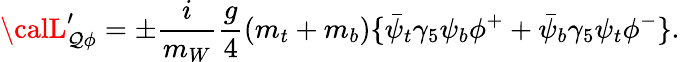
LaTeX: {\calL}_{\mathcal{Q}\phi}^{\prime}=\pm{\frac{{i}}{{m_{W}}}}{\frac{{g}}{{4}}}(m_{t}+m_{b})\{ \bar{{\psi}}_{t}\gamma_{5}\psi_{b}\phi^{+}+\bar{{\psi}}_{b}\gamma_{5}\psi_{t}\phi^{-}\} .